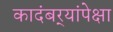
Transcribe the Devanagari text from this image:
कादंबर्‍यांपेक्षा